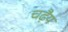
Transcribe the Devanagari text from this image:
चढ़ैय